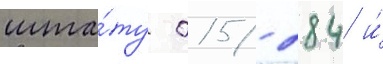
шта́ту 015/ 284 и́